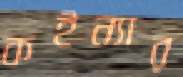
কইন্যার